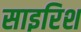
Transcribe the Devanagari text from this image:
साइरिश